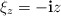
\begin{align*}\xi_{z}=-\mathbf{i}z\end{align*}